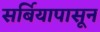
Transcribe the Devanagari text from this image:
सर्बियापासून